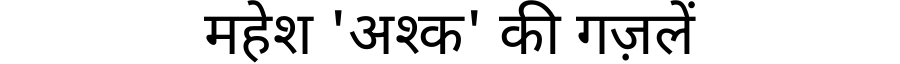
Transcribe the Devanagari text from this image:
महेश 'अश्क' की गज़लें